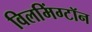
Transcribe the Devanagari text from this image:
विलमिंग्टॉन